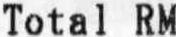
TOTAL RM